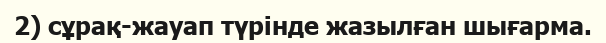
2) сұрақ-жауап түрінде жазылған шығарма.